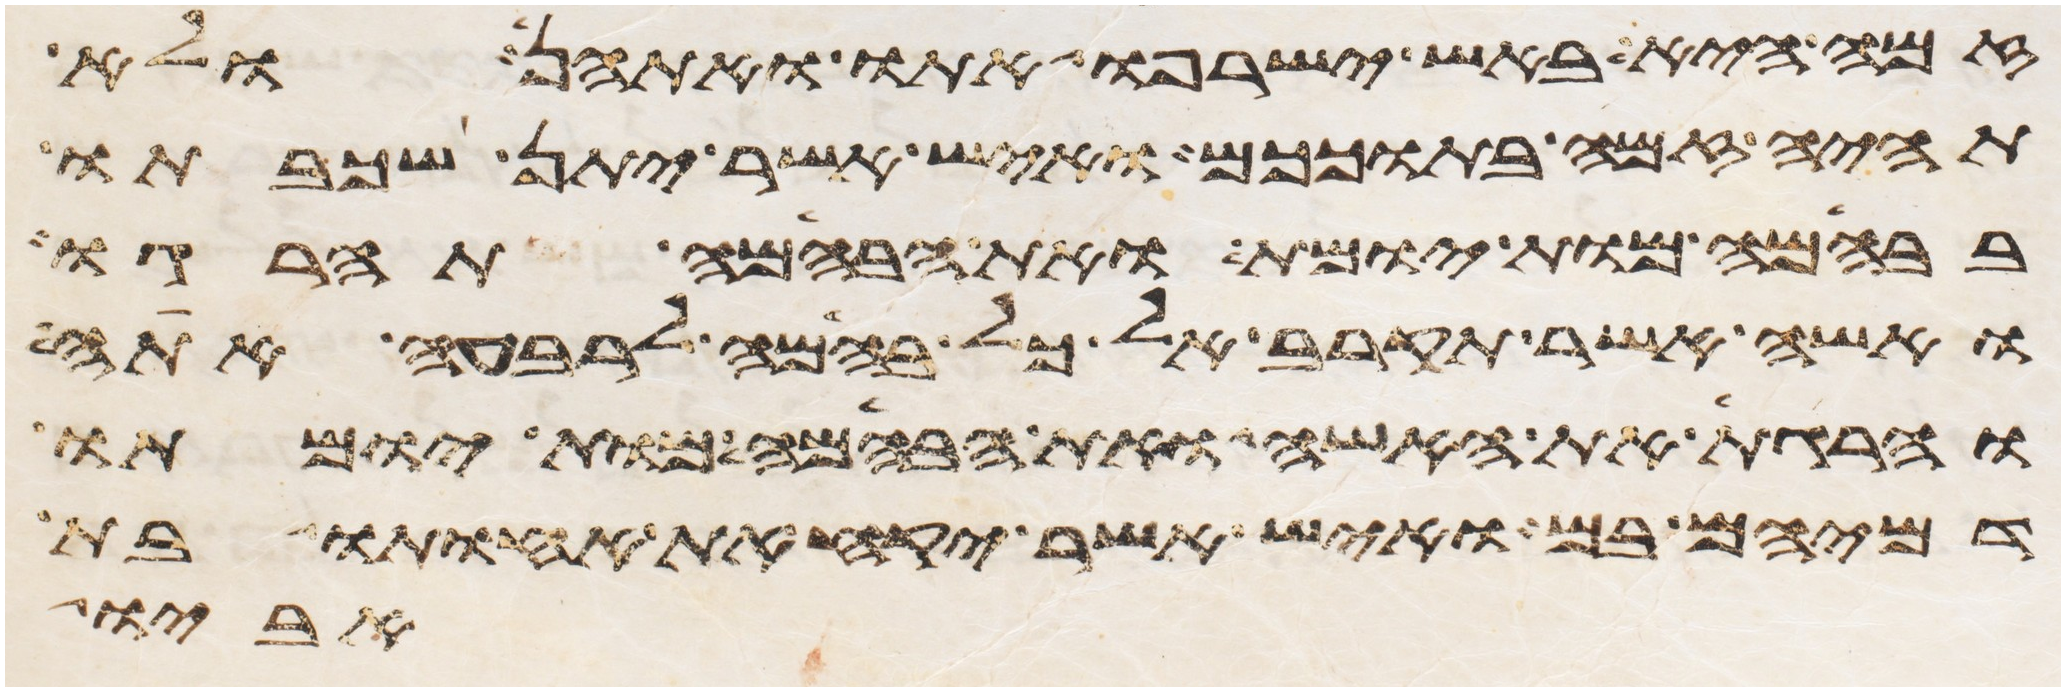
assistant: זמה היא באש ישרפו אתו ואתהן ולא
תהיה זמה בתוככם ואיש אשר יתן שכבתו
בבהמה מות יומת ואת הבהמה תהרגו
ואשה אשר תקרב אל כל בהמה לרבעה אתה
והרגת את האשה ואת הבהמה מות יומתו
דמיהם בם ואיש אשר יקח את אחותו בת
אביו